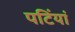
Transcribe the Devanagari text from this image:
पटिंयां